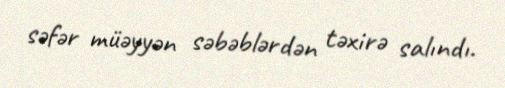
səfər müəyyən səbəblərdən təxirə salındı.